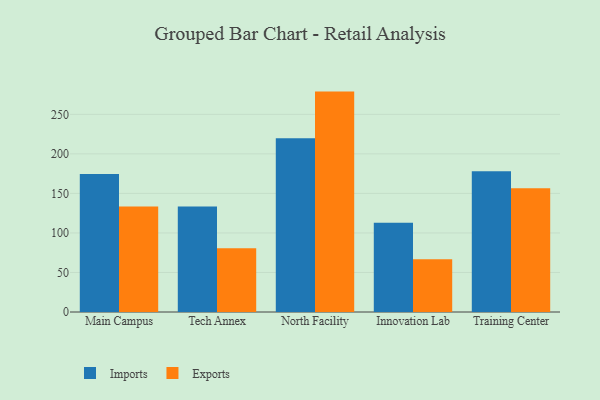
{"axis": {"x": "Campus", "y": "Market Share (%)"}, "legend": ["Exports", "Imports"], "data": [{"x": "Main Campus", "y": 174.5, "type": "Imports"}, {"x": "Main Campus", "y": 133.6, "type": "Exports"}, {"x": "Tech Annex", "y": 133.3, "type": "Imports"}, {"x": "Tech Annex", "y": 80.5, "type": "Exports"}, {"x": "North Facility", "y": 219.8, "type": "Imports"}, {"x": "North Facility", "y": 278.8, "type": "Exports"}, {"x": "Innovation Lab", "y": 113.0, "type": "Imports"}, {"x": "Innovation Lab", "y": 66.6, "type": "Exports"}, {"x": "Training Center", "y": 178.1, "type": "Imports"}, {"x": "Training Center", "y": 156.6, "type": "Exports"}]}